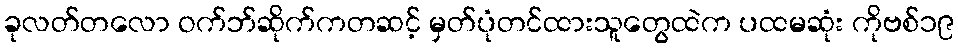
ခုလတ်တလော ဝက်ဘ်ဆိုက်ကတဆင့် မှတ်ပုံတင်ထားသူတွေထဲက ပထမဆုံး ကိုဗစ်၁၉